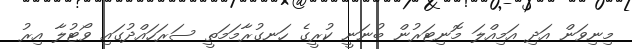
މިނިވަން އަދި އަމިއްލަ މޮނިޓަރުން ބުނަނީ ކުރީގެ ހަނގުރާމަމަތީ ސަރަހައްދުގައި ވޯޓުލާ އިރު